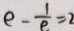
e - \frac { 1 } { e } = 2